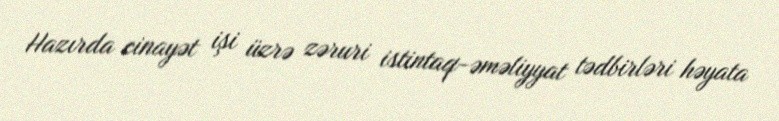
Hazırda cinayət işi üzrə zəruri istintaq-əməliyyat tədbirləri həyata